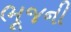
ભૂજની